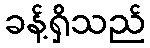
ခန့်ရှိသည်